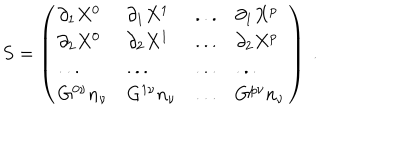
LaTeX: S = \left( \begin{array} { l l l l } { { \partial _ { 1 } X ^ { 0 } } } & { { \partial _ { 1 } X ^ { 1 } } } & { { . . . } } & { { \partial _ { 1 } X ^ { p } } } \\ { { \partial _ { 2 } X ^ { 0 } } } & { { \partial _ { 2 } X ^ { 1 } } } & { { . . . } } & { { \partial _ { 2 } X ^ { p } } } \\ { { . . . } } & { { . . . } } & { { . . . } } & { { . . . } } \\ { { G ^ { 0 \nu } n _ { \nu } } } & { { G ^ { 1 \nu } n _ { \nu } } } & { { . . . } } & { { G ^ { p \nu } n _ { \nu } } } \\ \end{array} \right) \ .